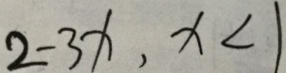
2 - 3 x , x < 1